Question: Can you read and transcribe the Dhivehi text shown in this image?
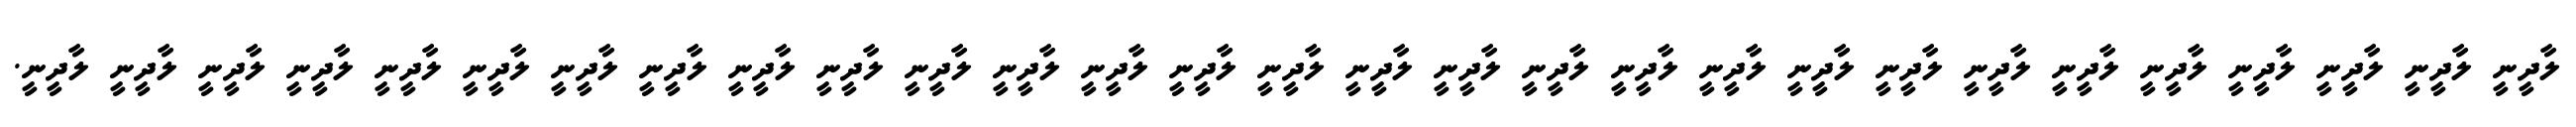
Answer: ލާދީނީ ލާދީނީ ލާދީނީ ލާދީނީ ލާދީނީ ލާދީނީ ލާދީނީ ލާދީނީ ލާދީނީ ލާދީނީ ލާދީނީ ލާދީނީ ލާދީނީ ލާދީނީ ލާދީނީ ލާދީނީ ލާދީނީ ލާދީނީ ލާދީނީ ލާދީނީ ލާދީނީ ލާދީނީ ލާދީނީ ލާދީނީ ލާދީނީ ލާދީނީ ލާދީނީ ލާދީނީ ލާދީނީ.